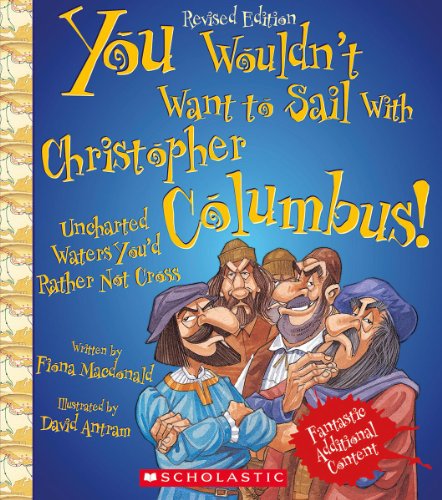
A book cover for You Wouldn't Want to Sail With Christopher Columbus!: Uncharted Waters You'd Rather Not Cross; Fiona MacDonald; Children's Books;